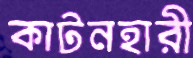
কাটনহারী